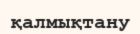
қалмықтану